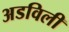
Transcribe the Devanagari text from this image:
अडविली